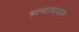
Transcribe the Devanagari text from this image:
हान्टावायरस